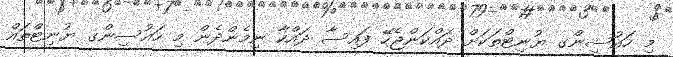
މި ހައުސިންގ ޔުނިޓްތަކަށް ދައްކަންޖެހޭ ފައިސާ ދައްކާ ނިމެންދެން މި ހައުސިންގ ޔުނިޓްތައް